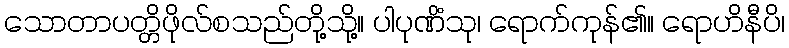
သောတာပတ္တိဖိုလ်စသည်တို့သို့။ ပါပုဏိံသု၊ ရောက်ကုန်၏။ ရောဟိနီပိ၊